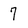
Character: 7